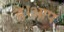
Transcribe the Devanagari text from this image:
है।आप